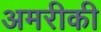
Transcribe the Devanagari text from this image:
अमरीकी